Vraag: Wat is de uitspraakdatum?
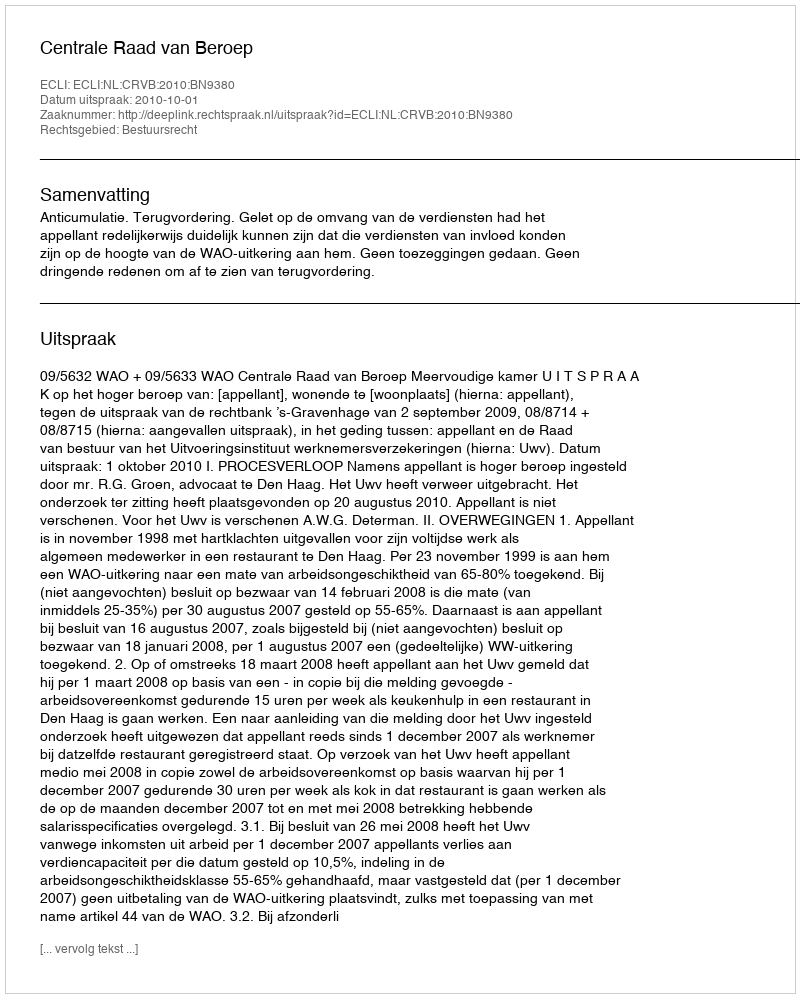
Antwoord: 2010-10-01